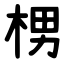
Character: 㭷